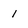
Character: 1